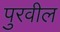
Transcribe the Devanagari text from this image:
पुरवील